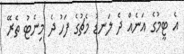
އެ ޓީމުގެ އަނެއް ދެ ލަނޑު މެޗުގެ ފަހު ދެ މިނެޓު ތެރޭ